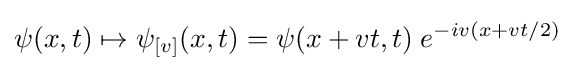
\psi (x,t)\mapsto \psi _{[v]}(x,t)=\psi (x+vt,t)\;e^{-iv(x+vt/2)}